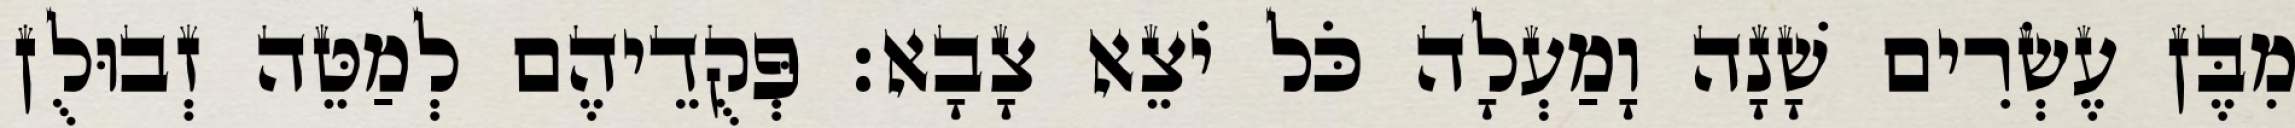
מִבֶּן עֶשְׂרִים שָׁנָה וָמַעְלָה כֹּל יֹצֵא צָבָא׃ פְּקֻדֵיהֶם לְמַטֵּה זְבוּלֻן